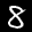
Label: 8